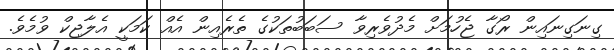
ގިނަގިނައިން ރޯގާ ޖެހުމަށް މެދުވެރިވާ ސަބަބުތަކުގެ ތެރެއިން އެއް ކަމަކީ އެލާޖިކް ވުމެވެ.